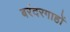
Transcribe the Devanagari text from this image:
बरंदरगाहों